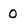
Character: 0